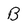
Character: B